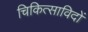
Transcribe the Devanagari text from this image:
चिकित्साविदों